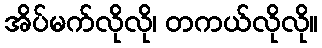
အိပ်မက်လိုလို၊ တကယ်လိုလို။